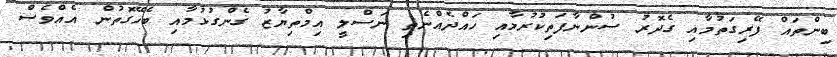
ބިންތައް ފޭރިގަތުމާއި ގެދޮރު ސުންނާފަތިކުރުމާއި ހައްދެއްނެތި ނަސްލީ އިމްތިޔާޒު ގެންގުޅުމާއި ބެހޭގޮތުން އެއްވެސް